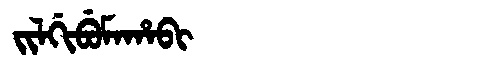
Manchu: ᠵᡳᠯᡤᡳᠪᡠᠮᠠᡥᠠᠪᡳ
Romanization: JILGIBUMAHABI